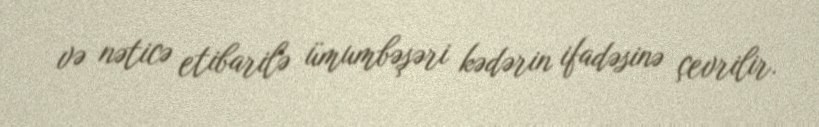
və nəticə etibarilə ümumbəşəri kədərin ifadəsinə çevrilir.